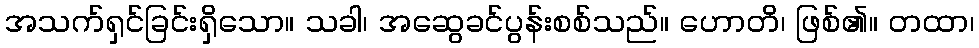
အသက်ရှင်ခြင်းရှိသော။ သခါ၊ အဆွေခင်ပွန်းစစ်သည်။ ဟောတိ၊ ဖြစ်၏။ တထာ၊